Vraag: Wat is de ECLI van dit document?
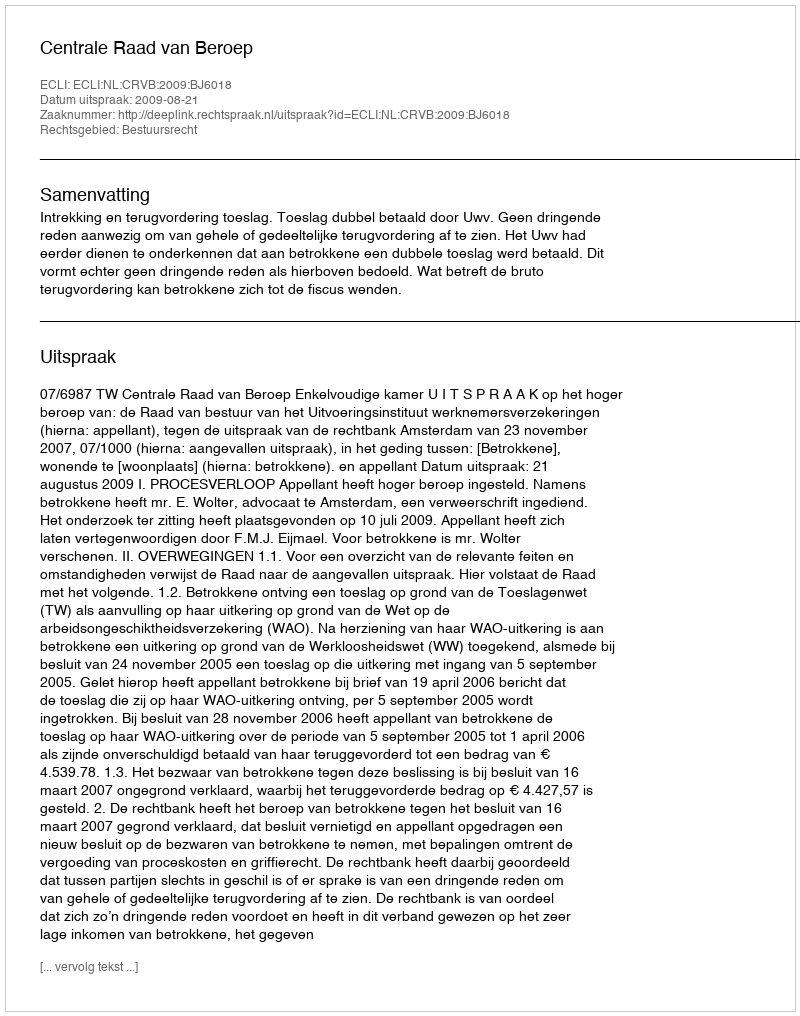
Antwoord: ECLI:NL:CRVB:2009:BJ6018